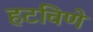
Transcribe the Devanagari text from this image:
हटविणे